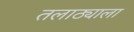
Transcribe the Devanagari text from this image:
तलाठ्याला